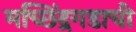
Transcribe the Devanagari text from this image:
मच्छिंद्रगडाची